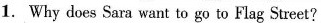
1. Why does Sara want to go to Flag Street?